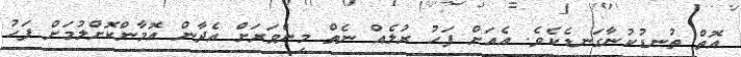
އޮތް ތުނޑުކުނާގަނޑެކެވެ. އެއަށް ފަހު ރުލެއް ނެތް މިންވަރަށް އެދާން އޮމާންކޮށްލުމަށް ފަހު